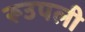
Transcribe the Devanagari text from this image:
रूउपली